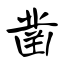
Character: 凿